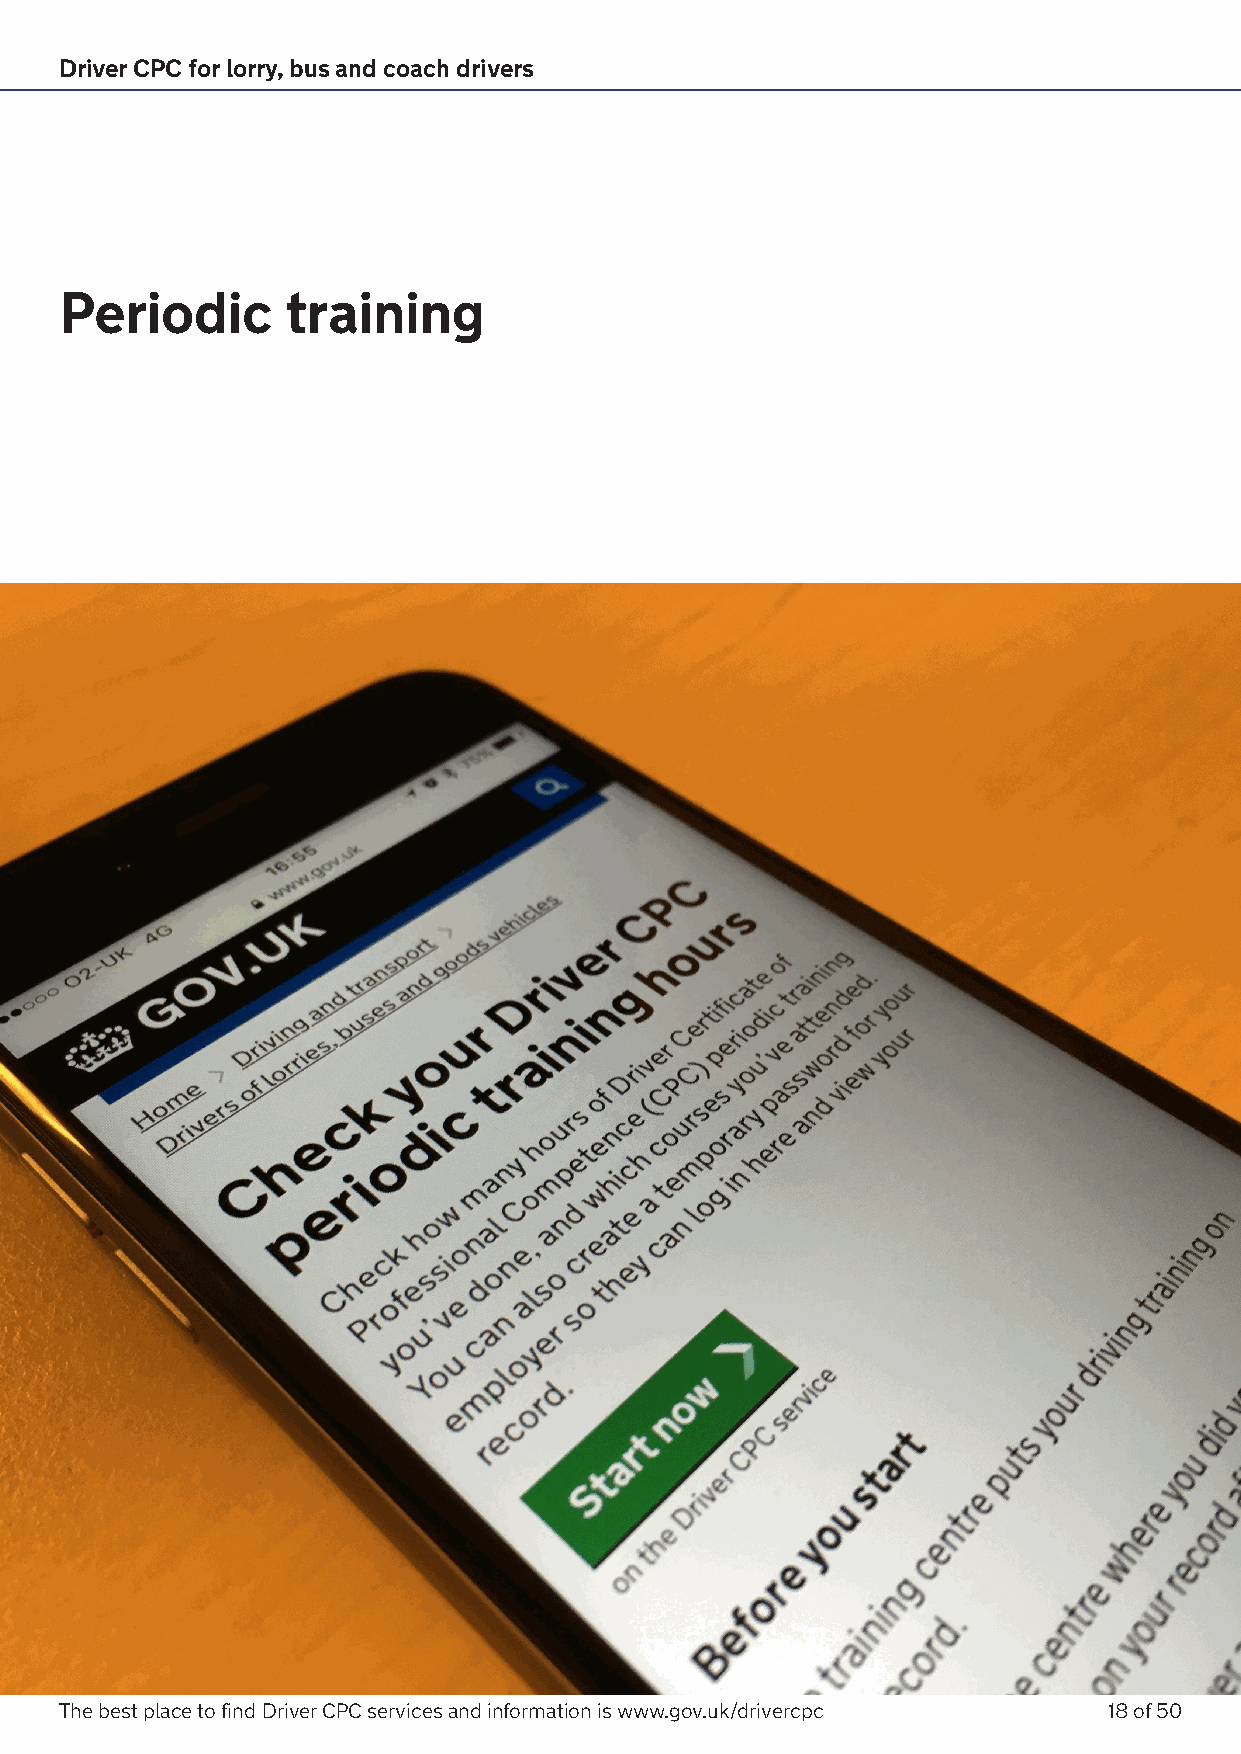
Driver CPC for lorry, bus and coach drivers
 Periodic       training
 The best place to find Driver CPC services and information is www.gov.uk/drivercpc 18 of 50